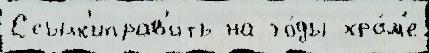
Ссылк'иправ'ить на го́ды хра́м'е